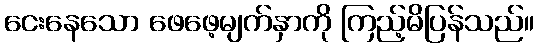
ငေးနေသော ဖေဖေ့မျက်နှာကို ကြည့်မိပြန်သည်။